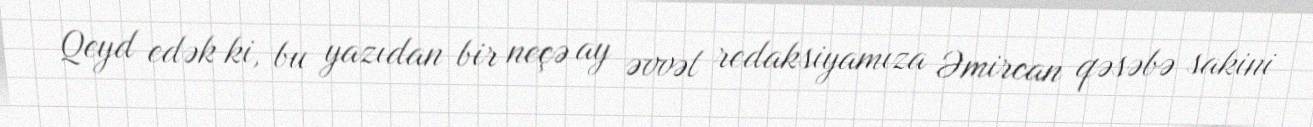
Qeyd edək ki, bu yazıdan bir neçə ay əvvəl redaksiyamıza Əmircan qəsəbə sakini